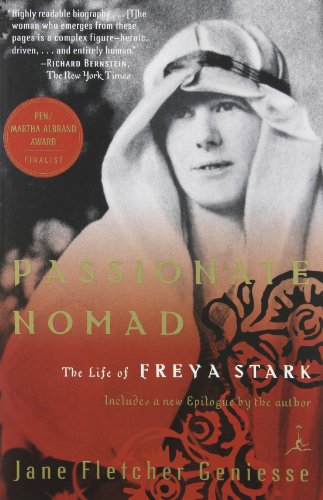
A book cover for Passionate Nomad: The Life of Freya Stark (Modern Library Paperbacks); Jane Fletcher Geniesse; Travel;